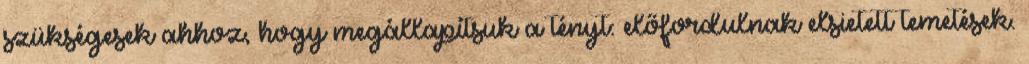
szükségesek ahhoz, hogy megállapítsuk a tényt: előfordulnak elsietett temetések.